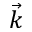
\vec { k }